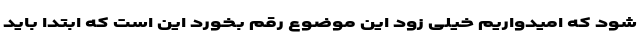
شود که امیدواریم خیلی زود این موضوع رقم بخورد این است که ابتدا باید